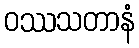
ဝဿသတာနံ